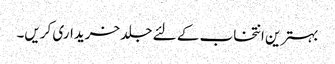
بہترین انتخاب کے لئے جلد خریداری کریں۔